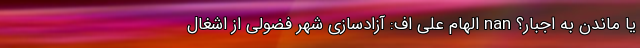
یا ماندن به اجبار؟ nan الهام علی اف: آزادسازی شهر فضولی از اشغال